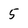
Character: 5